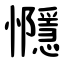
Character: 㦩